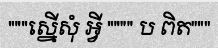
"""ស្នើសុំ អ្វី """" ប ពិត"""